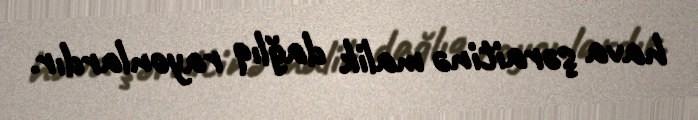
hava şəraitinə malik dağlıq rayonlardır.